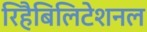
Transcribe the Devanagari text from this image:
रिहैबिलिटेशनल